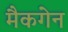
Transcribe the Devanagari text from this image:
मैकगेन